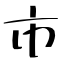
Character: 市